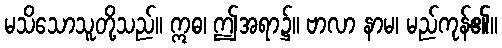
မသိသောသူတို့သည်။ ဣဓ၊ ဤအရာ၌။ ဗာလာ နာမ၊ မည်ကုန်၏။